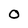
Character: O